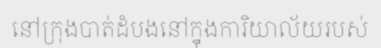
នៅក្រុងបាត់ដំបងនៅក្នុងការិយាល័យរបស់